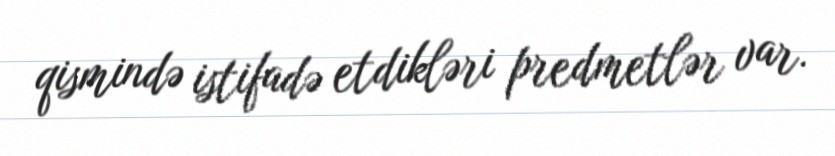
qismində istifadə etdikləri predmetlər var.